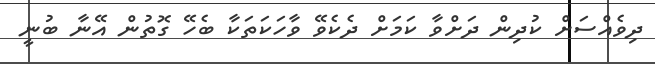
ދިވެއްސަށް ކުދިން ދަށްވާ ކަމަށް ދެކެވޭ ވާހަކަތަކާ ބެހޭ ގޮތުން އޭނާ ބުނީ